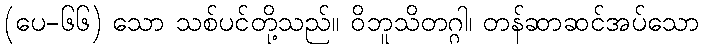
(ပေ-၆၆) သော သစ်ပင်တို့သည်။ ဝိဘူသိတဂ္ဂါ၊ တန်ဆာဆင်အပ်သော